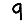
Digit: 9